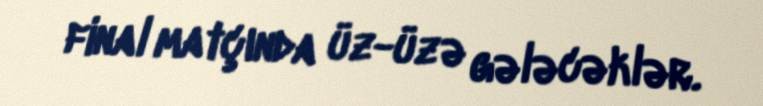
final matçında üz-üzə gələcəklər.